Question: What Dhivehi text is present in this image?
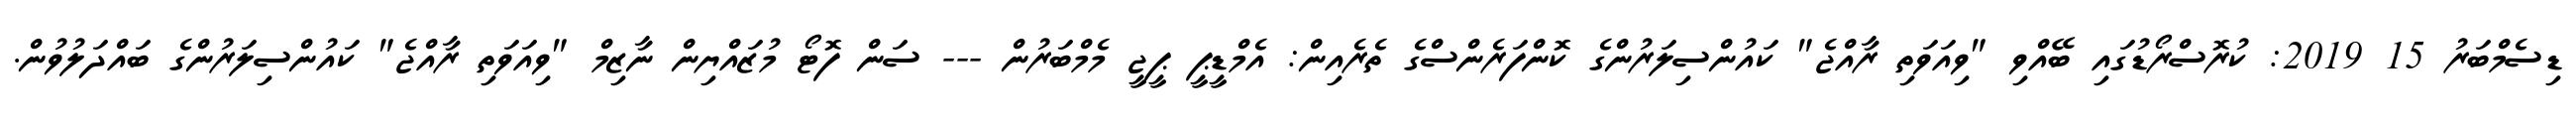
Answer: ޑިސެމްބަރު 15 2019: ކުރޮސްރޯޑުގައި ބޭއްވި "ވިއަވަތި ރާއްޖެ" ކައުންސިލަރުންގެ ކޮންފަރެންސްގެ ތެރެއިން: އެމްޑީޕީ ޕީޖީ މެމްބަރުން --- ސަން ފޮޓޯ މުޒައްޔިން ނާޒިމް "ވިއަވަތި ރާއްޖެ" ކައުންސިލަރުންގެ ބައްދަލުވުން.